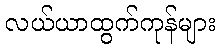
လယ်ယာထွက်ကုန်များ